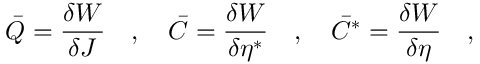
\bar { Q } = \frac { \delta W } { \delta J } \quad , \quad \bar { C } = \frac { \delta W } { \delta \eta ^ { \ast } } \quad , \quad \bar { C } ^ { \ast } = \frac { \delta W } { \delta \eta } \quad ,